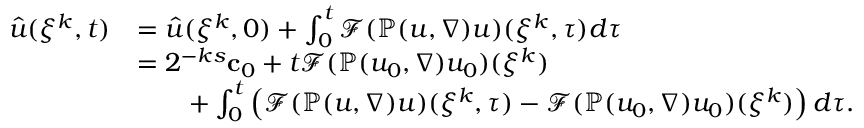
\begin{array} { r l } { \hat { u } ( \xi ^ { k } , t ) } & { = \hat { u } ( \xi ^ { k } , 0 ) + \int _ { 0 } ^ { t } \mathcal { F } ( \mathbb { P } ( u , \nabla ) u ) ( \xi ^ { k } , \tau ) d \tau } \\ & { = 2 ^ { - k s } { \bf c } _ { 0 } + t \mathcal { F } ( \mathbb { P } ( u _ { 0 } , \nabla ) u _ { 0 } ) ( \xi ^ { k } ) } \\ & { \qquad + \int _ { 0 } ^ { t } \left( \mathcal { F } ( \mathbb { P } ( u , \nabla ) u ) ( \xi ^ { k } , \tau ) - \mathcal { F } ( \mathbb { P } ( u _ { 0 } , \nabla ) u _ { 0 } ) ( \xi ^ { k } ) \right) d \tau . } \end{array}